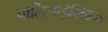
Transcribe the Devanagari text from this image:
पॉलिसाईक्लिक